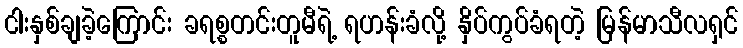
ငါးနှစ်ချခဲ့ကြောင်း ခရစ္စတင်းတူမီရဲ့ ရဟန်းခံလို့ နှိပ်ကွပ်ခံရတဲ့ မြန်မာသီလရှင်